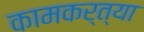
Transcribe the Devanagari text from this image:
कामकर्त्या